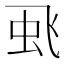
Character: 𮶻